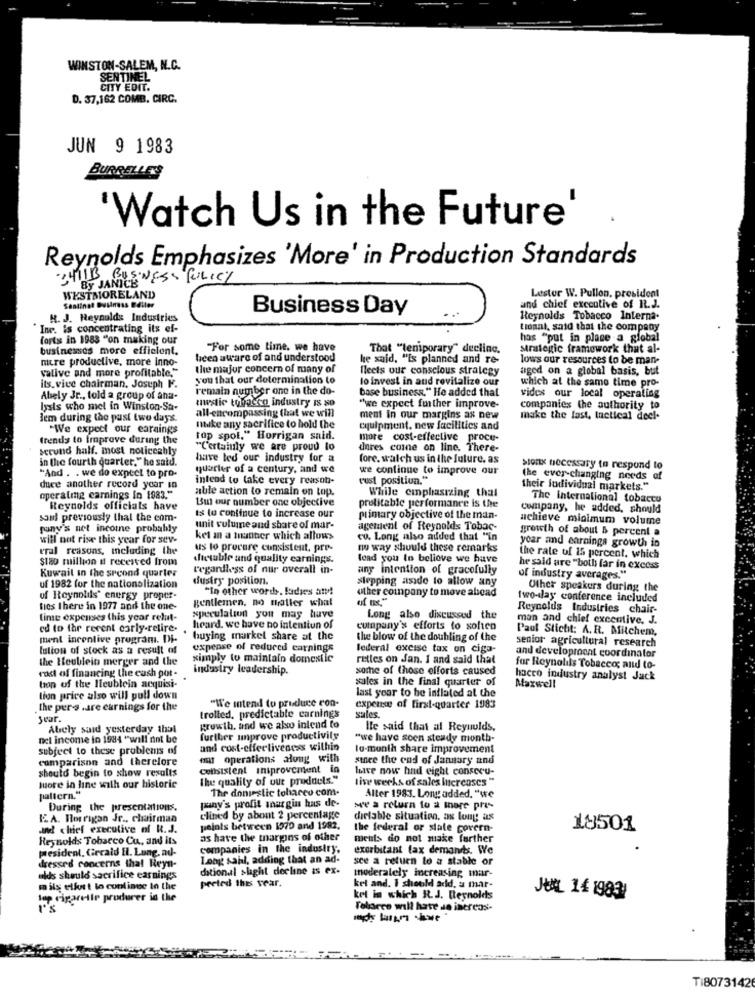
WINSTON-SALEM, N.C.
SENTINEL
CITY EDIT.
D. 37,162 COMB. CIRC.
JUN 9 1983
BURRELLE'S
'Watch Us in the Future'
Reynolds Emphasizes 'More' in Production Standards
2411B BUSINESS POLICY
By JANICE
WESTMORELAND
Lester W. Pullon, president
Sentinel Business Ediler
Business Day
and chief executive of R.J.
R. J. Reynolds Industries
Reynolds Tobacco Interna.
Inc. is concentrating its ef-
tional, said that the company
forts in 1983 "on making our
hos "put in place a global
businesses more efficient.
"For some time. we have
That "teniporary" decling.
strategic framework that al-
nutre productive, more inno-
been aware of and understood
he said, "is planned and re-
lows our resources to be man.
valive and more profitable."
the major concern of many of
fleets our conscious strategy
aged on a global basis, but
you that our determination to
lo invest in and revitalize our
which at the same time pro-
its.vice chairman, Joseph F.
remain number one in the do-
base business." He added that
Abely Jr ., told a group of ana-
mestic tobacco industry Is so
vides our local operating
Ists who met in Winston-Sa-
"we expect further improve-
companies the authority to
Bem during the past two days.
all-encompassing that we will
ment in our margins as new
make the fast, tactical deel.
"We expect our earnings
nike any sacrifice to hold the
equipment, new facilities and
trends to improve during the
top spot." Horrigan said.
more cost-effective proce-
serund half. most noticeably
"Certainly we are proud to
dores come on line. There-
in the fourth quarter." he said.
have led our industry for a
fore, walch us in the future. as
quarter of a century, and we
we continue to improve our
sionx necessary to respond to
"And . . we do expect to pro-
intend to take every reason-
rust position."
the ever-changing needs of
duce another record ycar in
able action to remain on top.
their lodividual markets."
operaling carnings In 1983."
Bu our number one objective
While cinphasizing that
The international tobacco
Reynolds officials have
profitable performance is the
company, he added, should
soul previously thal the com-
Is to continue to increase our
primary objective of the man-
achieve minimum volume
sony's net income probably
unit volume and share of mar-
agement of Reynolds Tobac-
growth of about 5 percent a
will not rise this year for sev-
ket an a matter which allows
cu. Long also added that "in
year and earnings growth in
eral reasons, including the
us to procure consistent, pre-
www way should these remarks
$tao million i received from
dictable and quality earnings.
load you to beliove we have
the rate of 15 percent, which
Kuwait in the second quarter
regardless of nur overall in-
any intention of gracefully
he said are "both far in excess
dustry position.
stepping aside to allow any
of industry averages.
uf 1982 for the nationalization
"In other words, ladies and!
other company to move abead
Other speakers during the
of Reynolds" energy proper-
gentlemen, no matter what
two-lay conference included
ties there in 1977 and the one-
Reynolds Industries chair-
time expenses this year relut-
speculation you may have
Long also discussed the
man and chief executive, J.
ed to the recent carly-retire-
heard. we have no intenttun of
company's efforts to soften
Paul Stichit: A.R. Mitchem,
ment incentive program. Di-
buying markel share at the
the blow of the doubling of the
senior agricultural research
lution of stock as a result of
expense of reduced carnings
lederal excise tax on ciga-
the Heublein merger and the
simply to maintain domestic
rettes on Jan. I and said that
and developrocat coordinator
industry leadership.
some of those efforts caused
for Reynolils Tobacco; and to-
rost of financing the cush por-
sules in the final quarter of
haceo industry analyst Jack
tion of the licublein acquisi-
last year to be inflated at the
Maxwell
lion price also will pull down
the pers .are earnings for the
"We intend to produce con-
expense of first-quarter 1983
Sear.
trolled, predictable earnings
sales
Abely said yesterday that
growth, and we also intend to
Ile said that al Reynolds.
nel income in 1984 "will not be
further umprove productivity
"we have seen steady month-
subject to these problems of
and cost-effectiveness within
lo-month share improvement
comparison and therefore
it operations along with
since the end of January and
should begin to show results
consistent iniprovement in
have now had eight consecu-
The quality of out proddels."
lise werks of sales increases "
Juore in line with our historie
The doniestic tobacco com-
pattern."
puny's profit margin has de
Alter 1983. Long added. "we
During the presentations
we a return to a more pres-
ELA. Horrigan Jr ., chairman
clined by abont 2 percentage
dielable situation, as long as
and chief executive of R.J.
paints between 1570 and 1982,
the federal or state covern-
18501
Reynolds Tobacco Cu, and its
as have the margins of other
ments do not make further
pesident, Circald El. Lung, ad-
companies in the industry.
exorbitant fax demands. We
dressed concerns that Reyn-
Long sahl, adding that an ad-
sce a return to a stable or
ditional slight decline is ex.
moderately increasing mar-
ulds should sacrifice earnings
preted this year.
mils elfurt to continue In the
kel and. I should add, a mar-
lep cigarette produrer in the
ket in which ItJ. Reynolds
J&# 14 1983
Felarce will hate de increas-
TI80731426